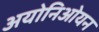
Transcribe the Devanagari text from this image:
अयोनिओयन